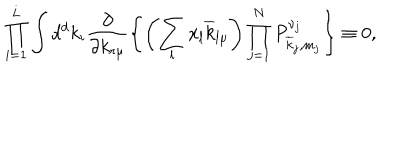
LaTeX: \prod _ { i = 1 } ^ { L } \int d ^ { d } k _ { i } \frac { \partial } { \partial k _ { r \mu } } \left\{ \left( \sum _ { l } x _ { l } \overline { { { k } } } _ { l \mu } \right) \prod _ { j = 1 } ^ { N } P _ { \overline { { { k } } } _ { j } , m _ { j } } ^ { \nu _ { j } } \right\} \equiv 0 ,